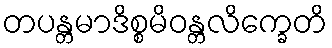
တပန္တမာဒိစ္စမိဝန္တလိက္ခေတိ